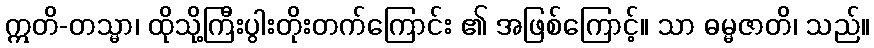
ဣတိ-တသ္မာ၊ ထိုသို့ကြီးပွါးတိုးတက်ကြောင်း ၏ အဖြစ်ကြောင့်။ သာ ဓမ္မဇာတိ၊ သည်။